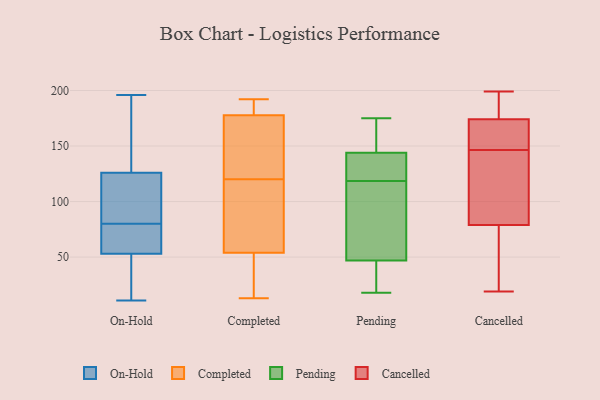
{"axis": {"x": "Energy Usage (MWh)", "y": "Value"}, "legend": ["Cancelled", "Completed", "On-Hold", "Pending"], "data": [{"x": "", "y": 55, "type": "On-Hold"}, {"x": "", "y": 81, "type": "On-Hold"}, {"x": "", "y": 11, "type": "On-Hold"}, {"x": "", "y": 33, "type": "On-Hold"}, {"x": "", "y": 79, "type": "On-Hold"}, {"x": "", "y": 124, "type": "On-Hold"}, {"x": "", "y": 69, "type": "On-Hold"}, {"x": "", "y": 105, "type": "On-Hold"}, {"x": "", "y": 51, "type": "On-Hold"}, {"x": "", "y": 149, "type": "On-Hold"}, {"x": "", "y": 196, "type": "On-Hold"}, {"x": "", "y": 134, "type": "On-Hold"}, {"x": "", "y": 46, "type": "On-Hold"}, {"x": "", "y": 57, "type": "On-Hold"}, {"x": "", "y": 128, "type": "On-Hold"}, {"x": "", "y": 96, "type": "On-Hold"}, {"x": "", "y": 94, "type": "Completed"}, {"x": "", "y": 150, "type": "Completed"}, {"x": "", "y": 84, "type": "Completed"}, {"x": "", "y": 177, "type": "Completed"}, {"x": "", "y": 192, "type": "Completed"}, {"x": "", "y": 120, "type": "Completed"}, {"x": "", "y": 44, "type": "Completed"}, {"x": "", "y": 189, "type": "Completed"}, {"x": "", "y": 13, "type": "Completed"}, {"x": "", "y": 35, "type": "Completed"}, {"x": "", "y": 178, "type": "Completed"}, {"x": "", "y": 75, "type": "Pending"}, {"x": "", "y": 172, "type": "Pending"}, {"x": "", "y": 28, "type": "Pending"}, {"x": "", "y": 114, "type": "Pending"}, {"x": "", "y": 46, "type": "Pending"}, {"x": "", "y": 47, "type": "Pending"}, {"x": "", "y": 98, "type": "Pending"}, {"x": "", "y": 142, "type": "Pending"}, {"x": "", "y": 140, "type": "Pending"}, {"x": "", "y": 161, "type": "Pending"}, {"x": "", "y": 18, "type": "Pending"}, {"x": "", "y": 175, "type": "Pending"}, {"x": "", "y": 123, "type": "Pending"}, {"x": "", "y": 144, "type": "Pending"}, {"x": "", "y": 174, "type": "Cancelled"}, {"x": "", "y": 171, "type": "Cancelled"}, {"x": "", "y": 26, "type": "Cancelled"}, {"x": "", "y": 112, "type": "Cancelled"}, {"x": "", "y": 168, "type": "Cancelled"}, {"x": "", "y": 19, "type": "Cancelled"}, {"x": "", "y": 79, "type": "Cancelled"}, {"x": "", "y": 125, "type": "Cancelled"}, {"x": "", "y": 199, "type": "Cancelled"}, {"x": "", "y": 176, "type": "Cancelled"}]}